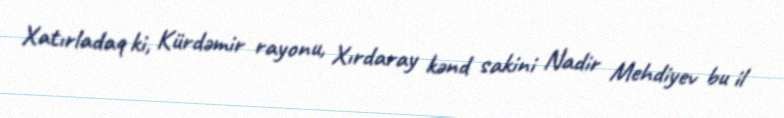
Xatırladaq ki, Kürdəmir rayonu, Xırdaray kənd sakini Nadir Mehdiyev bu il